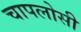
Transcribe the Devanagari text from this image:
चापलोसी